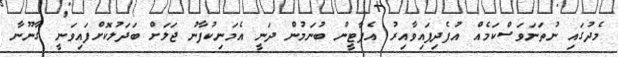
މެދުގައި ނުތަނަވަސްކަމެއް އުފެދިފައިވާއިރު އެޕާޓީން ބުނަމުން ދަނީ އެމަނިކުފާނު ޖަލަށް ބަދަލުކޮށްފައިވަނީ ގާނޫނާ